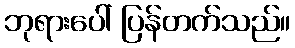
ဘုရားပေါ် ပြန်တက်သည်။